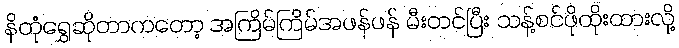
နိတုံရွှေဆိုတာကတော့ အကြိမ်ကြိမ်အဖန်ဖန် မီးတင်ပြီး သန့်စင်ဖိုထိုးထားလို့